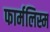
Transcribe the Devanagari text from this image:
फार्मलिस्म